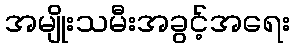
အမျိုးသမီးအခွင့်အရေး